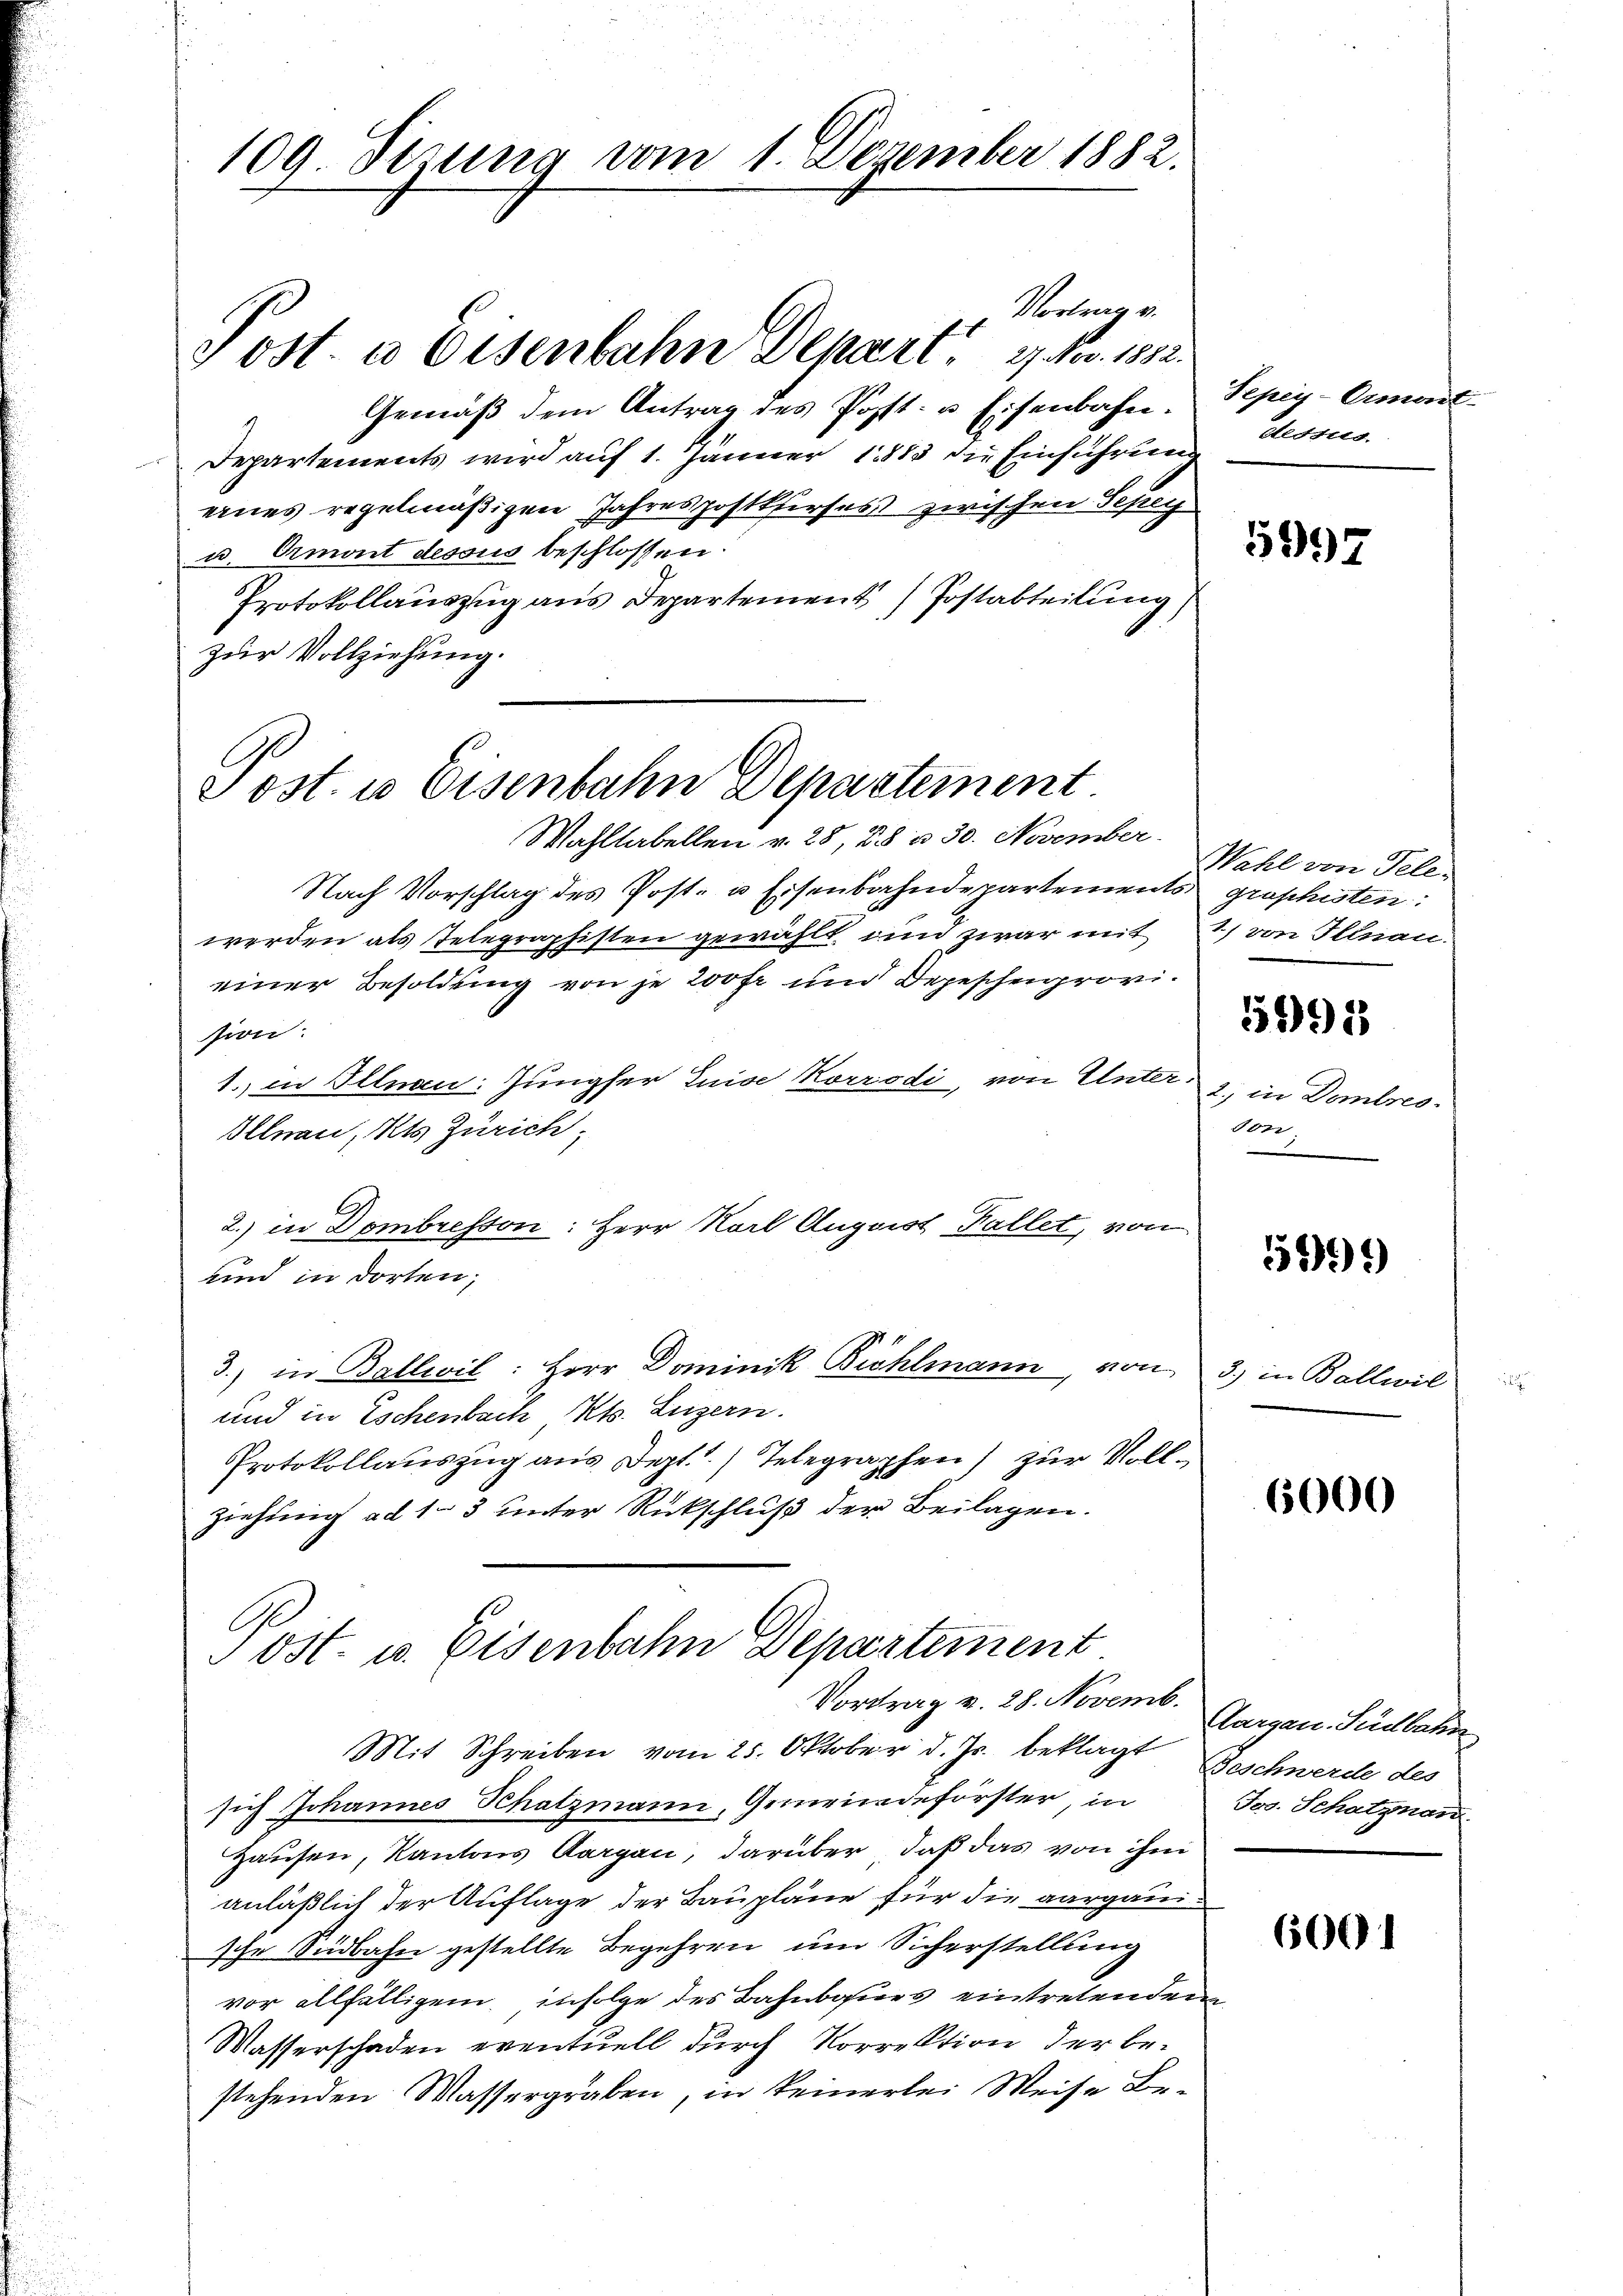
109. Sizung vom 1. Dezember 1882.

Vortrag v.
Gemäβ dem Antrag des Post- u. Eisenbahn-
Departements wird auf 1. Jänner 1883 die Einführung
eines regelmäßigen Jahrespostkurses zwischen Sehen
u. Ormont dessus beschlossen
Protokollauszug aus Departement / Postabteilung)
zur Vollziehung.

J ost. e Eisenbahn Depart. 27. Nov. 1882.

Post. u Eisenbahn Departement

Wahltabellen v. 28, 28 u. 30. November.
Nach Vorschlag des Post- u Eisenbahndepartements graphisten:
werden als Telegraphisten gewählt, und zwar mit 21) von Illnau
einer Besoldung von je 200 fr und Depeschenprovision
1. in Illnau: Jungfer Luise Korrodi, von Unter.
Illnau, Kts Zürich,
2.) in Dombreston: Herr Karl August Fallet, von
und in dorten,
3.) in Ballwil: Herr Dominik Biehlmann, von 3) in Bollwil
und in Eschenbach Kts. Luzern.
Protokollauszug aus Dept.) Telegraphen) zur Vollziehung ad 1. 3 unter Rückschluß der Beilagen.

ost- u. Eisenbahn Departement
Vortrag v. 28. Novemb.
Mit Schreiben vom 25. Oktober d. Js. beklagt Beschwerde des

Sepey-Ormont
dessus.

sich Johannes Schatzmann, Gemeindeförster in
Hausen, Kantons Aargau, darüber, daß das von ihm
anläßlich der Auflage der Baupläne für die aargauische Südbahn gestellte Begehren und Sicherstellung
vor allfälligem, infolge des Bahnbaues eintretenden
Wasserschaden eventuell durch Vorrektion der be-
stehenden Wassergraben, in keinerlei Weise Be¬

5997

Wahl von Tele¬

592

2) in Dombres.
Torr

519)

6000

Aargau. Südbahn
Jos. Schatznau.

6001